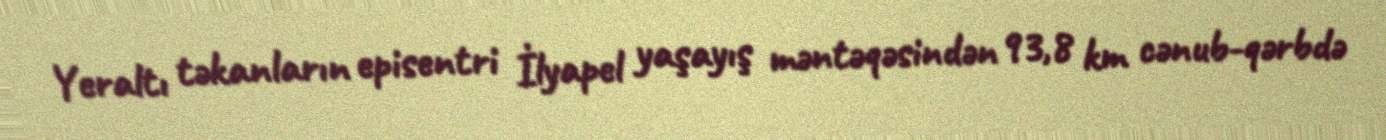
Yeraltı təkanların episentri İlyapel yaşayış məntəqəsindən 93,8 km cənub-qərbdə